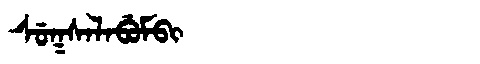
Manchu: ᠰᡠᡴᠰᠠᠯᠠᠪᡠᠮᠪᡳ
Romanization: SUKSALABUMBI